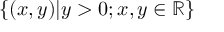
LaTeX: \{ ( x , y ) | y > 0 ; x , y \in \mathbb { R } \}